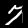
Digit: 7